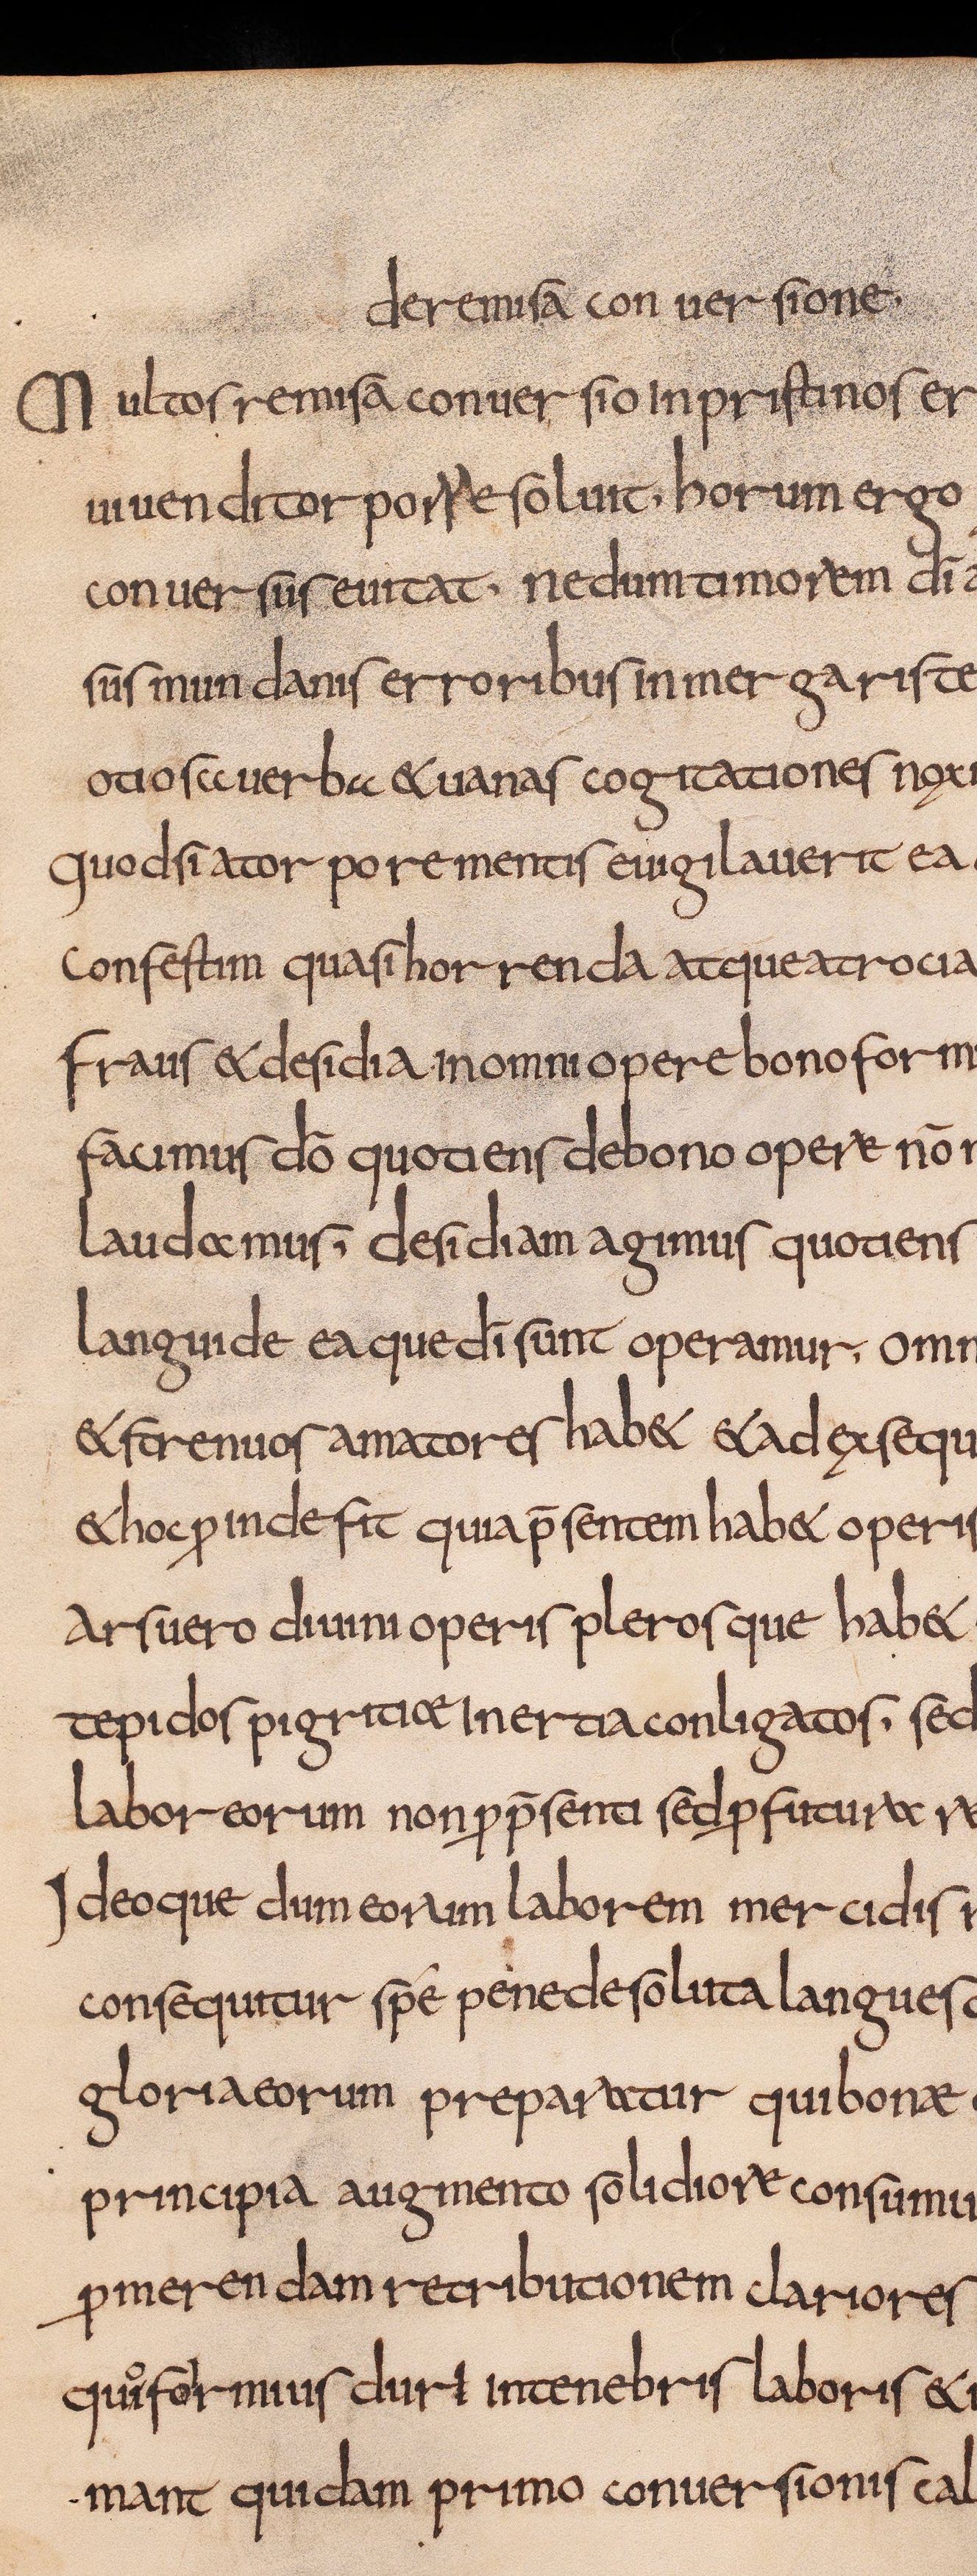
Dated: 800–832